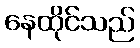
နေထိုင်သည်